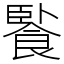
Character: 䭆